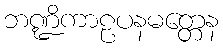
ဘဏ္ဍိကာဠပနမတ္တေန